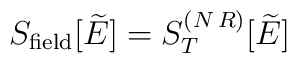
S_{\rm field}[\widetilde{E}] =  S^{(N\, R)}_{T}[\widetilde{E}]